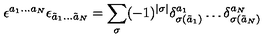
\epsilon ^ { a _ { 1 } \dots a _ { N } } \epsilon _ { \tilde { a } _ { 1 } \dots \tilde { a } _ { N } } = \sum _ { \sigma } ( - 1 ) ^ { | \sigma | } \delta _ { \sigma ( \tilde { a } _ { 1 } ) } ^ { a _ { 1 } } \dots \delta _ { \sigma ( \tilde { a } _ { N } ) } ^ { a _ { N } }